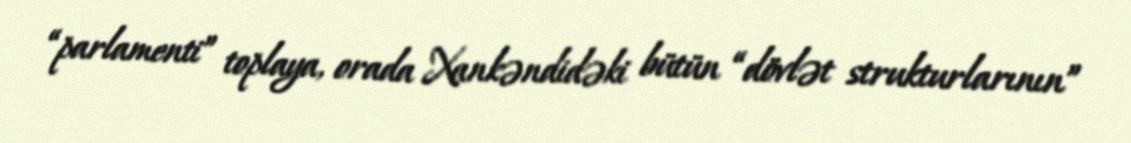
“parlamenti” toplaya, orada Xankəndidəki bütün “dövlət strukturlarının”